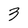
Character: 3